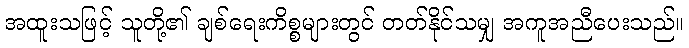
အထူးသဖြင့် သူတို့၏ ချစ်ရေးကိစ္စများတွင် တတ်နိုင်သမျှ အကူအညီပေးသည်။